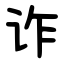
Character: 诈